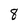
Character: 8